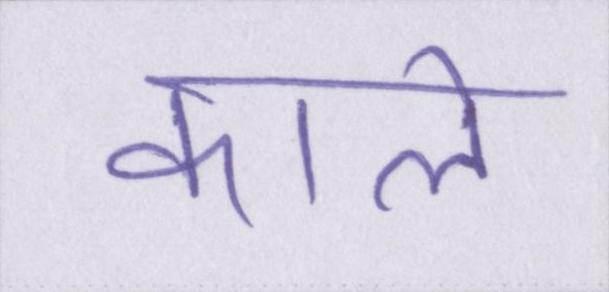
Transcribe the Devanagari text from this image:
काले